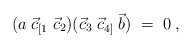
\begin{align*}(a\;\vec c_{[1} \;\vec c_2)(\vec c_3\;\vec c_{4]}\; \vec b)\;=\; 0\;,\end{align*}